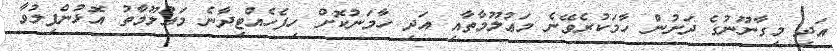
އަދި މިގާނޫނުގެ ދަށުން ހާމަކުރެވޭނެ މަޢުލޫމާތާއި އަދި ހާމަނުކޮށް ހިފެހެއްޓިދާނެ މަޢުލޫމާތު އޮޅުންފިލުވާ